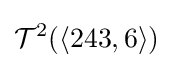
{\mathcal {T}}^{2}(\langle 243,6\rangle )